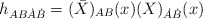
\begin{align*}h_{AB \dot{A} \dot{B}} = (\bar{X})_{AB} (x) (X)_{\dot{A} \dot{B}} (x)\end{align*}